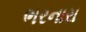
ભરનારા